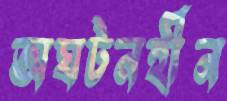
অঘটনহীন